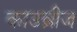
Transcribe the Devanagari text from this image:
काउब्रीज